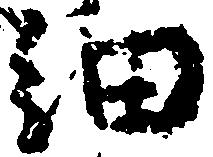
細